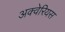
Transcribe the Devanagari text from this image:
अक्वेरियस